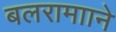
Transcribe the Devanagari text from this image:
बलरामााने